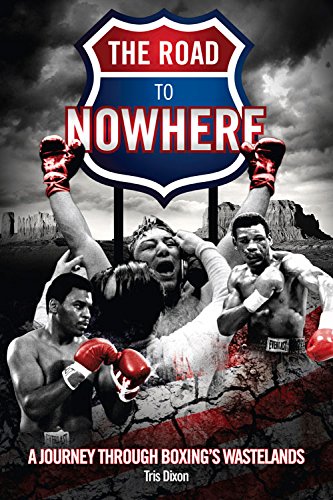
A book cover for The Road to Nowhere: A Journey Through Boxing's Wastelands; Tris Dixon; Biographies & Memoirs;